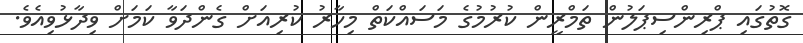
ގޮތުގައި ޕްރިންސިޕަލުން ތަމްރީން ކުރުމުގެ މަސައްކަތް މިހާރު ކުރިއަށް ގެންދަވާ ކަމަށް ވިދާޅުވިއެވެ.